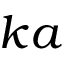
k a